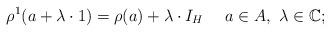
LaTeX: \begin{align*}\rho^1(a+\lambda \cdot 1)=\rho(a)+\lambda\cdot I_H \quad~ a \in A,~\lambda \in \mathbb C;\end{align*}